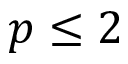
p \le 2